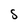
Character: S